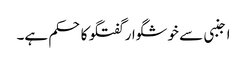
اجنبی سے خوشگوار گفتگو کا حکم ہے۔